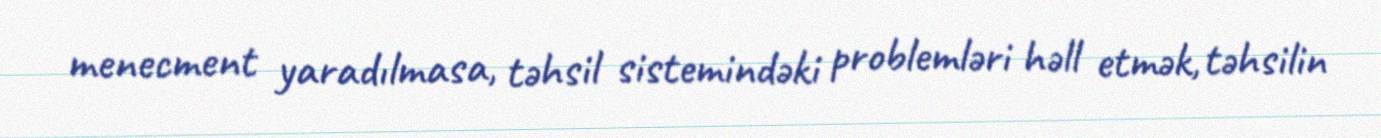
menecment yaradılmasa, təhsil sistemindəki problemləri həll etmək, təhsilin